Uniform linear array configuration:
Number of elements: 48
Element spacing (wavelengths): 0.25
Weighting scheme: uniform
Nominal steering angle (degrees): -45
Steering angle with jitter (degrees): -43.5
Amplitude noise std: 0.05
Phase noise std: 0.05

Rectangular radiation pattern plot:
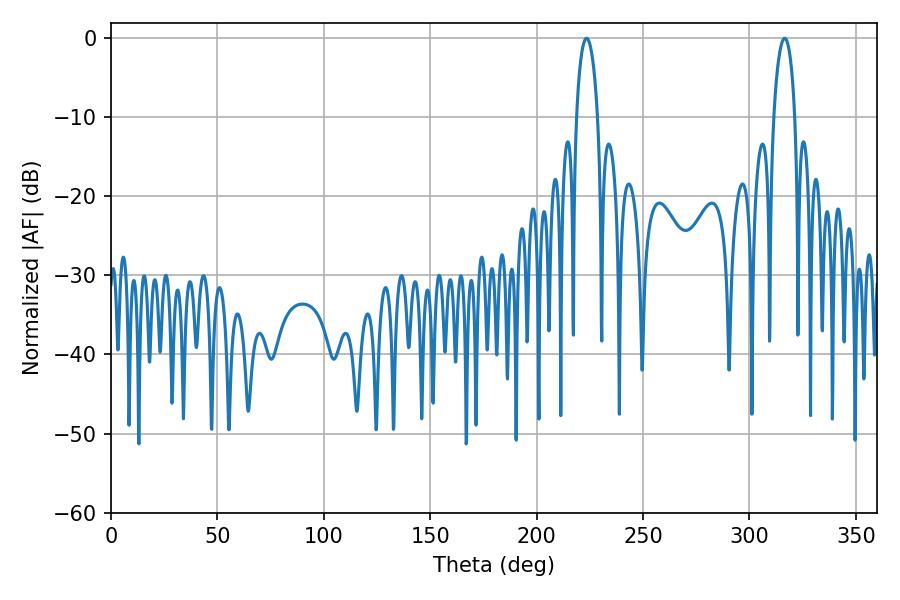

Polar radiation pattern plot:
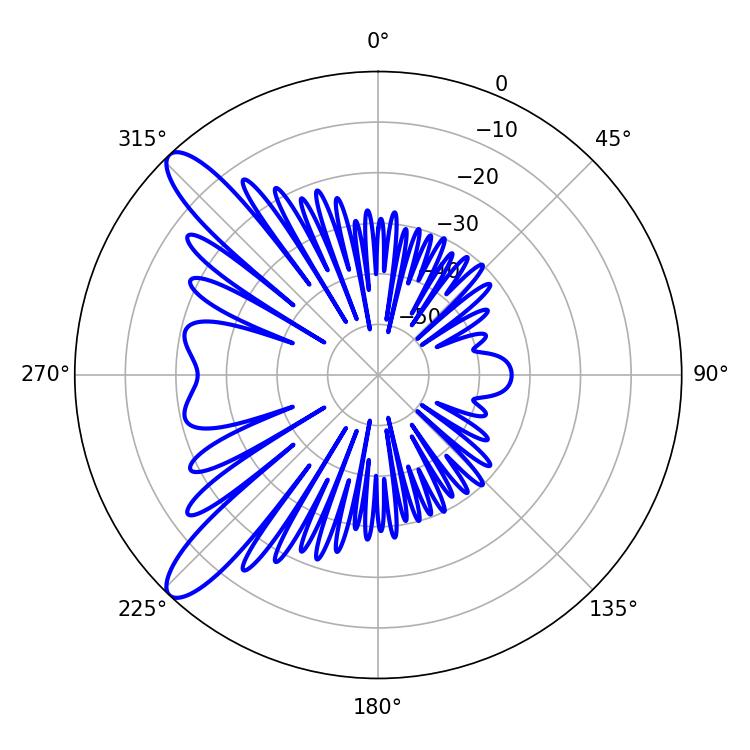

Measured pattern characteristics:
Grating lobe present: FALSE
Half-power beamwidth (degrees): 5.76
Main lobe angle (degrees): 223.38